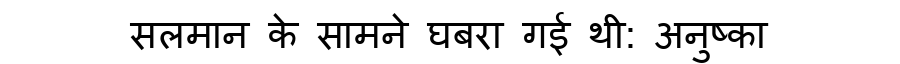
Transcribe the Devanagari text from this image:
सलमान के सामने घबरा गई थी: अनुष्का